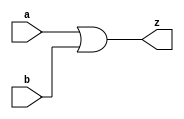
module or_1b(a, b, z);
  input a, b;
  output z;
  
  assign z = a | b;
endmodule